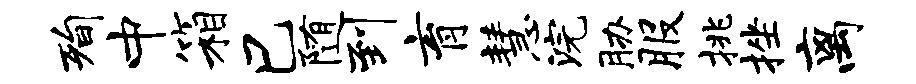
洵中箱巳随到育慧浣胁服挑挫离